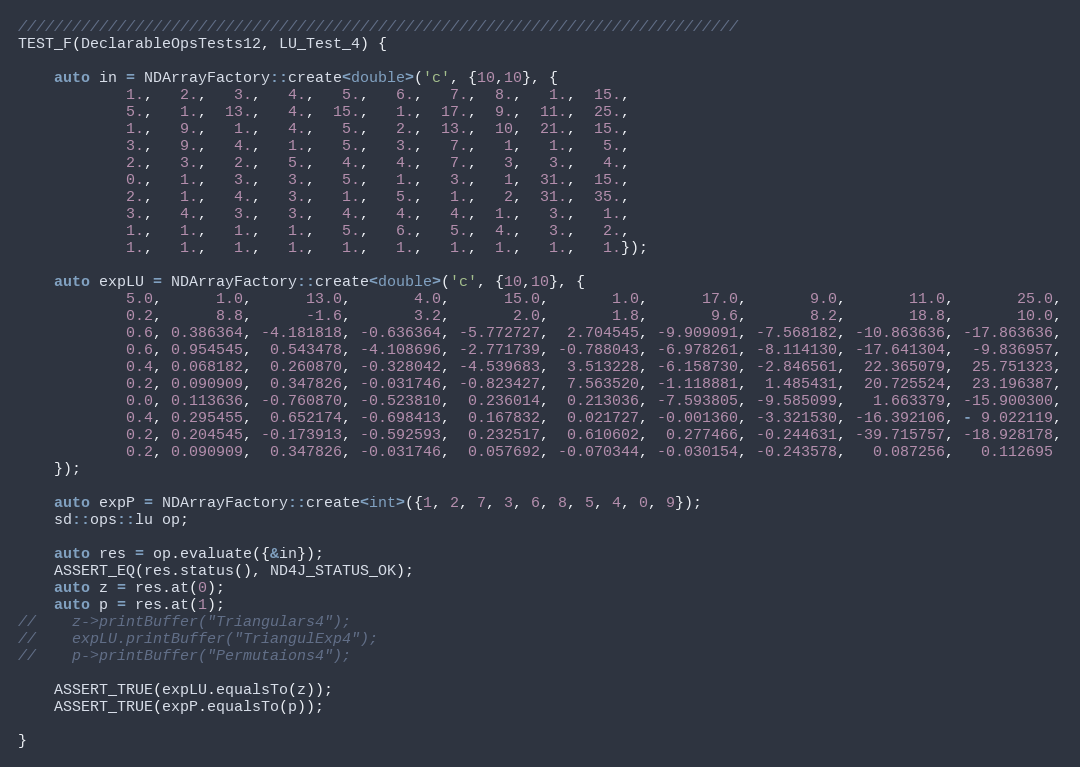
Language: C++
////////////////////////////////////////////////////////////////////////////////
TEST_F(DeclarableOpsTests12, LU_Test_4) {

    auto in = NDArrayFactory::create<double>('c', {10,10}, {
            1.,   2.,   3.,   4.,   5.,   6.,   7.,  8.,   1.,  15.,
            5.,   1.,  13.,   4.,  15.,   1.,  17.,  9.,  11.,  25.,
            1.,   9.,   1.,   4.,   5.,   2.,  13.,  10,  21.,  15.,
            3.,   9.,   4.,   1.,   5.,   3.,   7.,   1,   1.,   5.,
            2.,   3.,   2.,   5.,   4.,   4.,   7.,   3,   3.,   4.,
            0.,   1.,   3.,   3.,   5.,   1.,   3.,   1,  31.,  15.,
            2.,   1.,   4.,   3.,   1.,   5.,   1.,   2,  31.,  35.,
            3.,   4.,   3.,   3.,   4.,   4.,   4.,  1.,   3.,   1.,
            1.,   1.,   1.,   1.,   5.,   6.,   5.,  4.,   3.,   2.,
            1.,   1.,   1.,   1.,   1.,   1.,   1.,  1.,   1.,   1.});

    auto expLU = NDArrayFactory::create<double>('c', {10,10}, {
            5.0,      1.0,      13.0,       4.0,      15.0,       1.0,      17.0,       9.0,       11.0,       25.0,
            0.2,      8.8,      -1.6,       3.2,       2.0,       1.8,       9.6,       8.2,       18.8,       10.0,
            0.6, 0.386364, -4.181818, -0.636364, -5.772727,  2.704545, -9.909091, -7.568182, -10.863636, -17.863636,
            0.6, 0.954545,  0.543478, -4.108696, -2.771739, -0.788043, -6.978261, -8.114130, -17.641304,  -9.836957,
            0.4, 0.068182,  0.260870, -0.328042, -4.539683,  3.513228, -6.158730, -2.846561,  22.365079,  25.751323,
            0.2, 0.090909,  0.347826, -0.031746, -0.823427,  7.563520, -1.118881,  1.485431,  20.725524,  23.196387,
            0.0, 0.113636, -0.760870, -0.523810,  0.236014,  0.213036, -7.593805, -9.585099,   1.663379, -15.900300,
            0.4, 0.295455,  0.652174, -0.698413,  0.167832,  0.021727, -0.001360, -3.321530, -16.392106, - 9.022119,
            0.2, 0.204545, -0.173913, -0.592593,  0.232517,  0.610602,  0.277466, -0.244631, -39.715757, -18.928178,
            0.2, 0.090909,  0.347826, -0.031746,  0.057692, -0.070344, -0.030154, -0.243578,   0.087256,   0.112695
    });

    auto expP = NDArrayFactory::create<int>({1, 2, 7, 3, 6, 8, 5, 4, 0, 9});
    sd::ops::lu op;

    auto res = op.evaluate({&in});
    ASSERT_EQ(res.status(), ND4J_STATUS_OK);
    auto z = res.at(0);
    auto p = res.at(1);
//    z->printBuffer("Triangulars4");
//    expLU.printBuffer("TriangulExp4");
//    p->printBuffer("Permutaions4");

    ASSERT_TRUE(expLU.equalsTo(z));
    ASSERT_TRUE(expP.equalsTo(p));

}